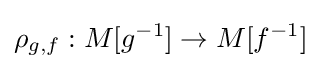
\rho _{g,f}:M[g^{-1}]\to M[f^{-1}]